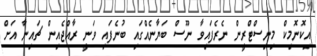
އިކޮނޮމިކް މިނިސްޓްރީން ނެރެފައިވާ ނޫސް ބަޔާނެއްގައި ބުނެފައި ވަނީ ރާއްޖެއިން ޗައިނާ އަށް